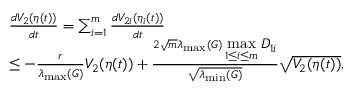
\begin{array} { r l } & { \frac { d V _ { 2 } ( \eta ( t ) ) } { d t } = \sum _ { i = 1 } ^ { m } \frac { d V _ { 2 i } ( \eta _ { i } ( t ) ) } { d t } } \\ & { \leq - \frac { r } { \lambda _ { \operatorname* { m a x } } ( G ) } V _ { 2 } ( \eta ( t ) ) + \frac { 2 \sqrt { m } \lambda _ { \operatorname* { m a x } } ( G ) \displaystyle \operatorname* { m a x } _ { 1 \leq i \leq m } D _ { 1 i } } { \sqrt { \lambda _ { \operatorname* { m i n } } ( G ) } } \sqrt { V _ { 2 } ( \eta ( t ) ) } , } \end{array}